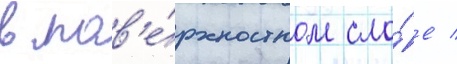
в пов'е́рхностном сло́е /